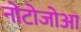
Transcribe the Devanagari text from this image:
नोटोजोआ